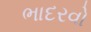
ભાદરવો